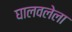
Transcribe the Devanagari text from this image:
घालवलेला